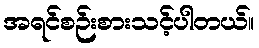
အရင်စဉ်းစားသင့်ပါတယ်။